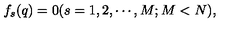
f _ { s } ( q ) = 0 ( s = 1 , 2 , \cdots , M ; M < N ) ,